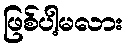
ဖြစ်ပါ့မလား